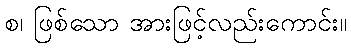
စ၊ ဖြစ်သော အားဖြင့်လည်းကောင်း။